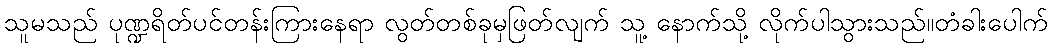
သူမသည် ပုဏ္ဍရိတ်ပင်တန်းကြားနေရာ လွတ်တစ်ခုမှဖြတ်လျက် သူ့ နောက်သို့ လိုက်ပါသွားသည်။တံခါးပေါက်